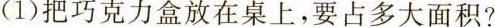
(1)把巧克力盒放在桌上，要占多大面积?